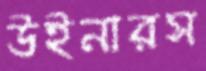
উইনারস